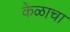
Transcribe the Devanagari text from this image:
केळाचा